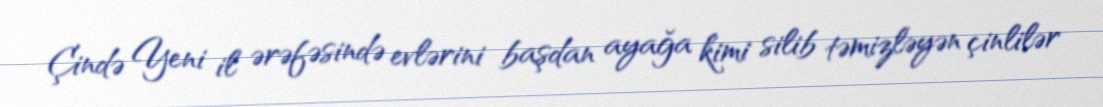
Çində Yeni il ərəfəsində evlərini başdan ayağa kimi silib təmizləyən çinlilər